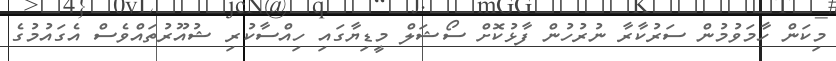
މިކަން ހާމަވުމުން ސަރުކާރާ ނުރުހުން ފާޅުކޮށް ސޯޝަލް މީޑިޔާގައި ހިއްސާކުރި ޝުއޫރުތައްވެސް އެގައުމުގެ